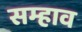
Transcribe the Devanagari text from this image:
सम्हाव